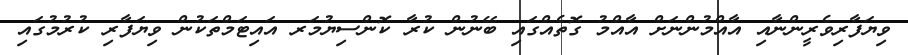
ވިޔަފާރިވެރީންނާއި އާއްމުންނަށް އާއްމު ގޮތެއްގައި ބޭނުން ކުރާ ކޮންސިޔުމަރ އައިޓަމްތަކުން ވިޔަފާރި ކުރުމުގައި